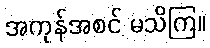
အကုန်အစင် မသိကြ။